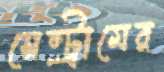
সেন্ট্রামের